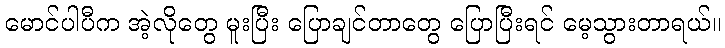
မောင်ပါပီက အဲ့လိုတွေ မူးပြီး ပြောချင်တာတွေ ပြောပြီးရင် မေ့သွားတာရယ်။